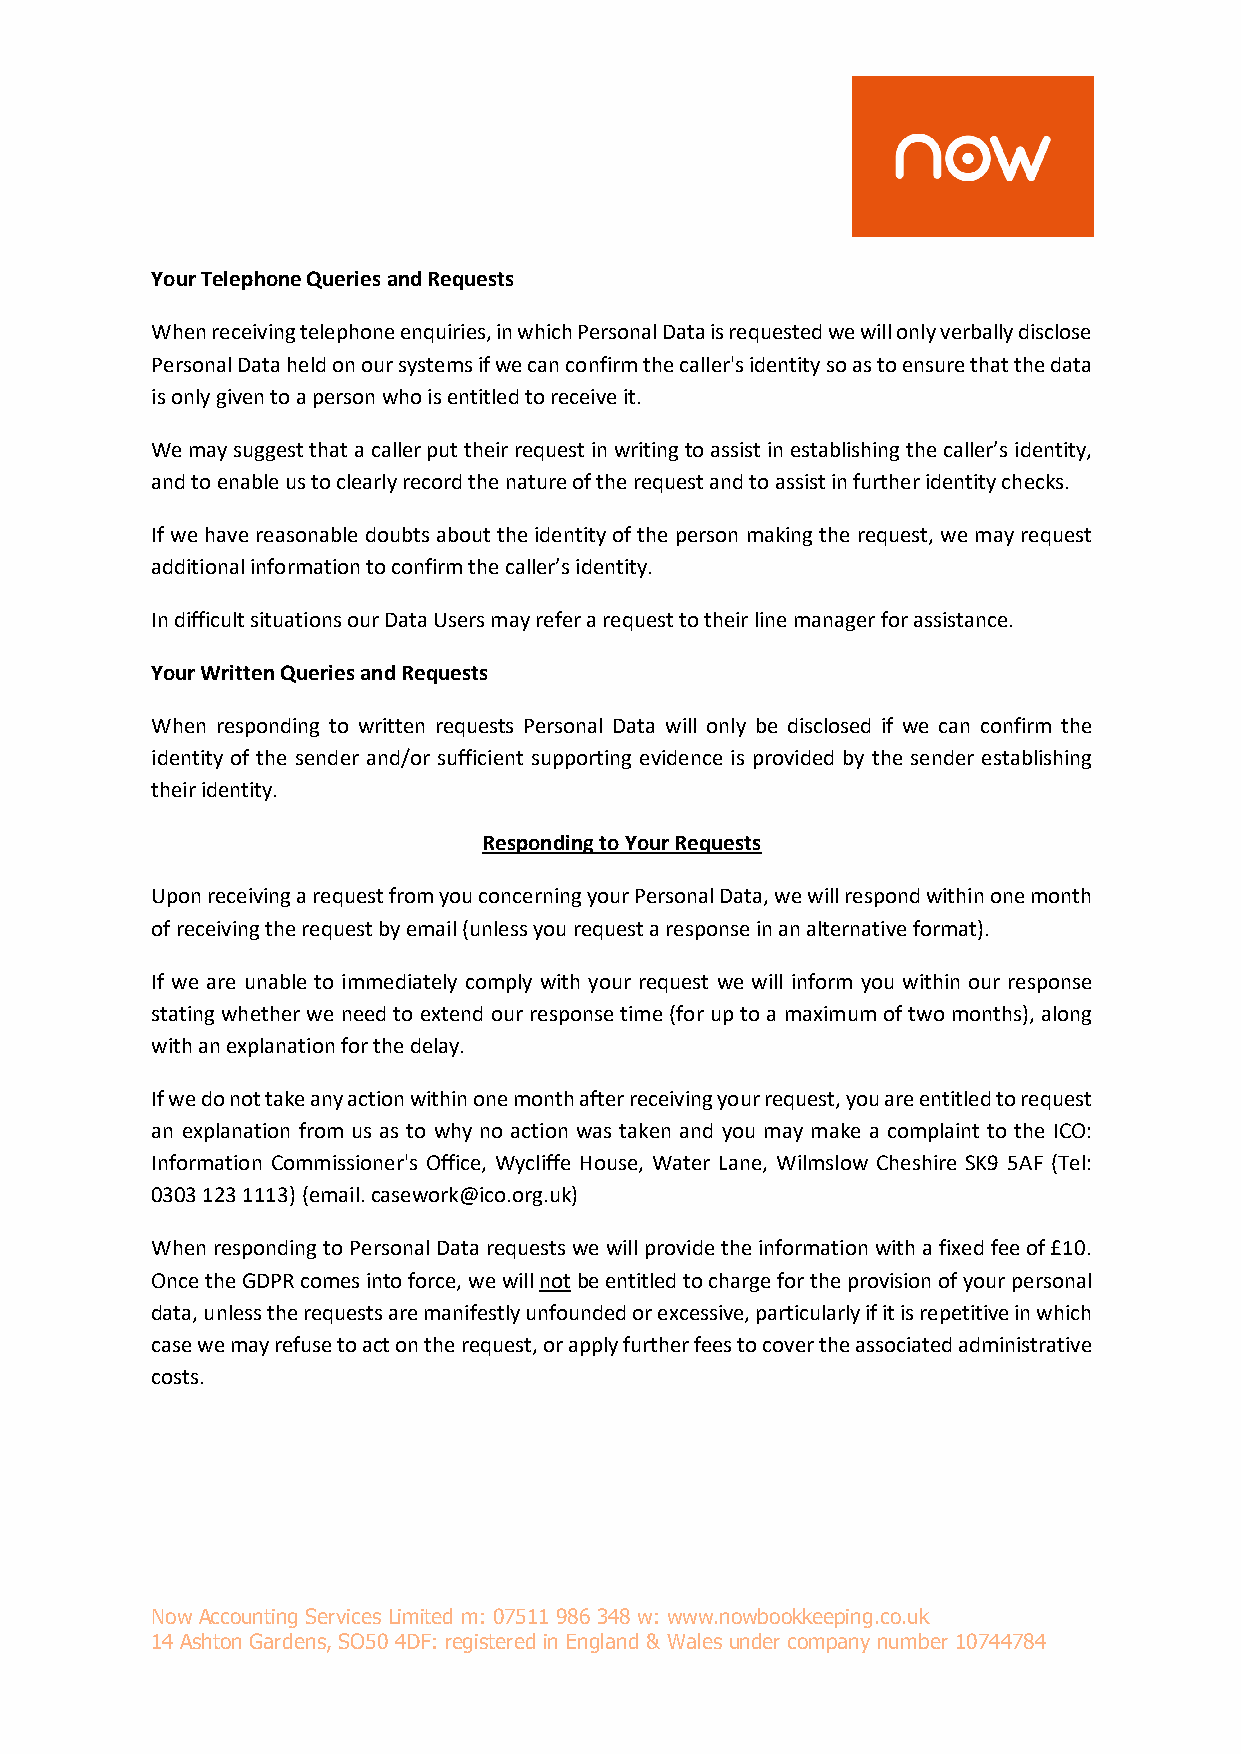
Your Telephone Queries and Requests
 When receiving telephone enquiries, in which Personal Data is requested we will only verbally disclose
 Personal Data held on our systems if we can confirm the caller's identity so as to ensure that the data
 is only given to a person who is entitled to receive it.
 We may suggest that a caller put their request in writing to assist in establishing the caller’s identity,
 and to enable us to clearly record the nature of the request and to assist in further identity checks.
 If we have reasonable doubts about the identity of the person making the request, we may request
 additional information to confirm the caller’s identity.
 In difficult situations our Data Users may refer a request to their line manager for assistance.
 Your Written Queries and Requests
 When responding to written requests Personal Data will only be disclosed if we can confirm the
 identity of the sender and/or sufficient supporting evidence is provided by the sender establishing
 their identity.
 Responding to Your Requests
 Upon receiving a request from you concerning your Personal Data, we will respond within one month
 of receiving the request by email (unless you request a response in an alternative format).
 If we are unable to immediately comply with your request we will inform you within our response
 stating whether we need to extend our response time (for up to a maximum of two months), along
 with an explanation for the delay.
 If we do not take any action within one month after receiving your request, you are entitled to request
 an explanation from us as to why no action was taken and you may make a complaint to the ICO:
 Information Commissioner's Office, Wycliffe House, Water Lane, Wilmslow Cheshire SK9 5AF (Tel:
 0303 123 1113) (email. casework@ico.org.uk)
 When responding to Personal Data requests we will provide the information with a fixed fee of £10.
 Once the GDPR comes into force, we will not be entitled to charge for the provision of your personal
 data, unless the requests are manifestly unfounded or excessive, particularly if it is repetitive in which
 case we may refuse to act on the request, or apply further fees to cover the associated administrative
 costs.
 Now Accounting Services Limited m: 07511 986 348 w: www.nowbookkeeping.co.uk
 14 Ashton Gardens, SO50 4DF: registered in England & Wales under company number 10744784